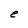
Character: e